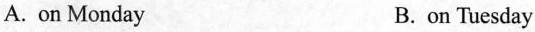
A. on Monday B. on Tuesday